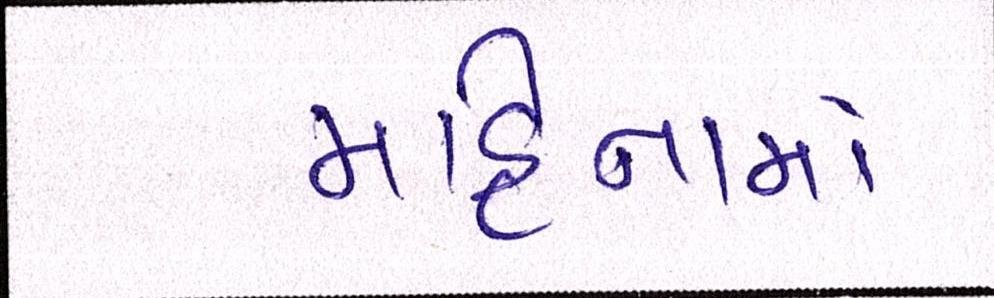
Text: મહિનામાં